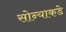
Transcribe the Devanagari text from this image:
सोन्याकडे